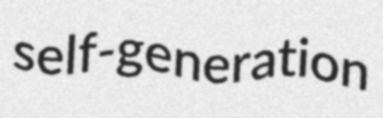
self-generation